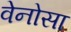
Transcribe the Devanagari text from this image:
वेनोसा